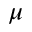
\mu